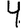
Digit: 4